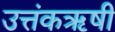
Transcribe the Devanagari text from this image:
उत्तंकऋषी